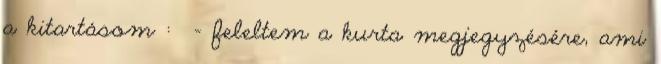
a kitartásom : - feleltem a kurta megjegyzésére, ami